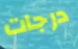
درجات